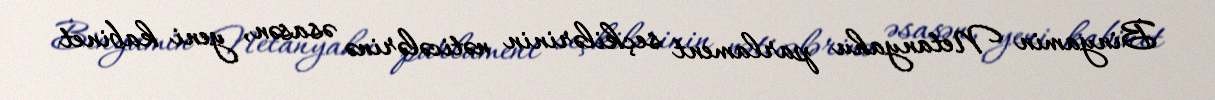
Binyamin Netanyahu parlament seçkilərinin nəticələrinə əsasən, yeni kabinet